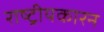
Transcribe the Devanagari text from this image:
राष्ट्रीयकारन